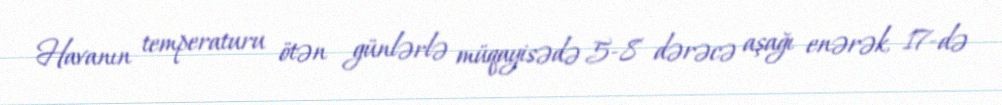
Havanın temperaturu ötən günlərlə müqayisədə 5-8 dərəcə aşağı enərək, 17-də